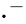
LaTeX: \cdot^{-}